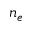
n _ { e }